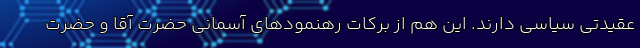
عقیدتی سیاسی دارند. این هم از برکات رهنمودهای آسمانی حضرت آقا و حضرت